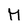
Character: M